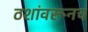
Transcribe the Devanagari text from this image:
ठशांवरूनच